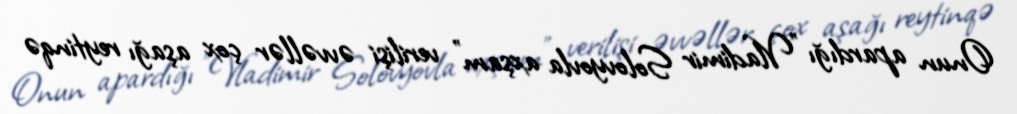
Onun apardığı "Vladimir Solovyovla axşam" verilişi əvvəllər çox aşağı reytinqə